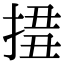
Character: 𢮢